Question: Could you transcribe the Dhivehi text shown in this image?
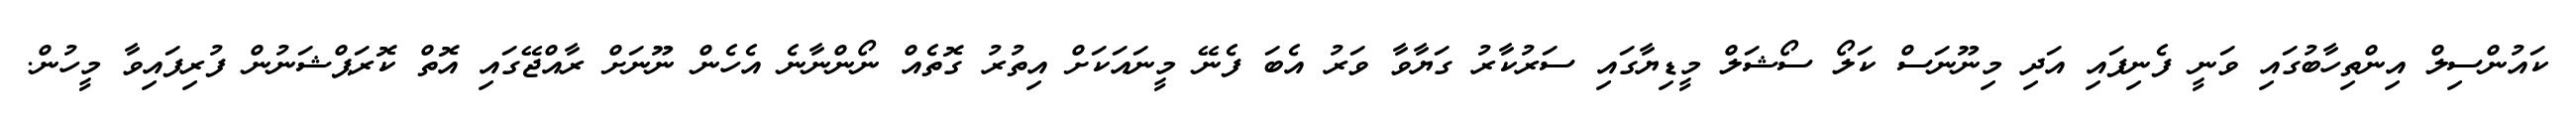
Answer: ކައުންސިލް އިންތިހާބުގައި ވަނީ ފެނިފައި އަދި މިނޫނަސް ކަލޯ ސޯޝަލް މީޑިޔާގައި ސަރުކާރު ގަޔާވާ ވަރު އެބަ ފެނޭ މީނައަކަށް އިތުރު ގޮތެއް ނޯންނާނެ އެހެން ނޫނަށް ރާއްޖޭގައި އޮތް ކޮރަޕްޝަނުން ފުރިފައިވާ މީހުން.